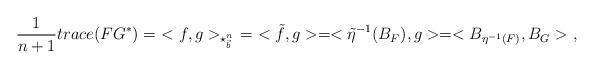
LaTeX: \begin{align*}\frac{1}{n+1}trace(FG^{\ast})=\ <f,g>_{\star_{\vec{b}}^{n}}\ =\ <\tilde{f},g>=<\tilde{\eta}^{-1}(B_{F}),g>=<B_{\eta^{-1}(F)},B_{G}>\ ,\end{align*}